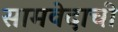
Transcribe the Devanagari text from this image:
सामवेदाची